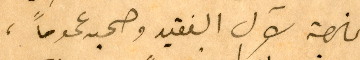
الخاصة لآل الفقيد وصحبه عموماً،